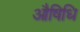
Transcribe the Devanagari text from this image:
औषिधि